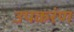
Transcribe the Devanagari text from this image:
उपकरंण